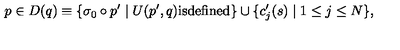
p \in D ( q ) \equiv \{ \sigma _ { 0 } \circ p ^ { \prime } \mid U ( p ^ { \prime } , q ) \mathrm { i s d e f i n e d } \} \cup \{ c _ { j } ^ { \prime } ( s ) \mid 1 \leq j \leq N \} ,